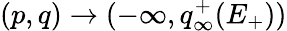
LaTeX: (p,q)\to(-\infty,q_{\infty}^{+}(E_{+}))